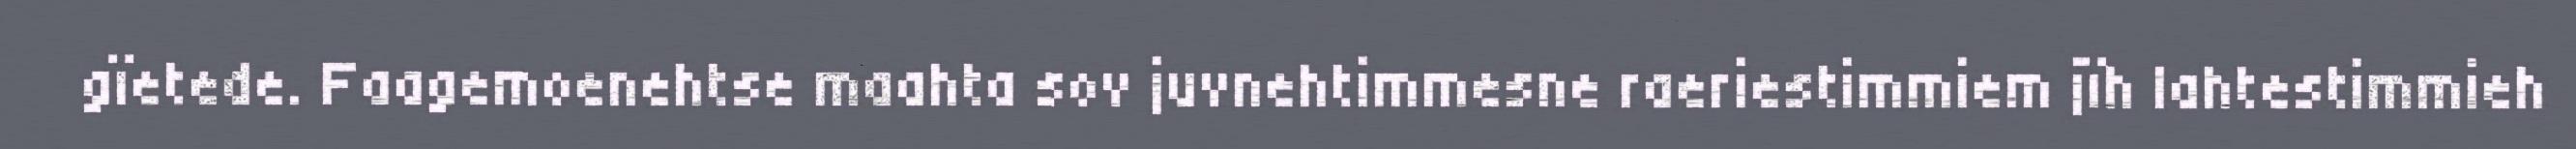
gïetede. Faagemoenehtse maahta sov juvnehtimmesne raeriestimmiem jïh lahtestimmieh